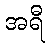
အရီ